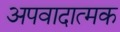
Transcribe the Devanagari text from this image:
अपवादात्मक